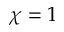
\chi = 1